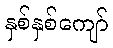
နှစ်နှစ်ကျော်